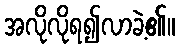
အလိုလိုရ၍လာခဲ့၏။